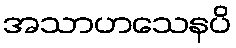
အသာဟသေနပိ